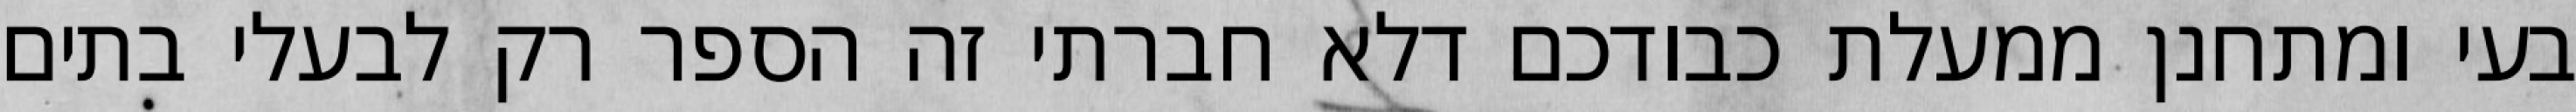
בעי ומתחנן ממעלת כבודכם דלא חברתי זה הספר רק לבעלי בתים